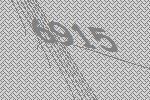
6915